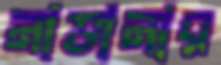
নাভানার